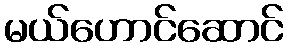
မယ်ဟောင်ဆောင်